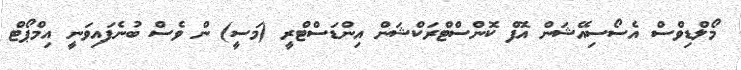
މޯލްޑިވްސް އެސޯސިއޭޝަން އޮފް ކޮންސްޓްރަކްޝަން އިންޑަސްޓްރީ (މަސީ) ން ވެސް ބުނެފައިވަނީ އިމްޕޯޓް